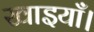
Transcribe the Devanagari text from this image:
खाइयाँ।